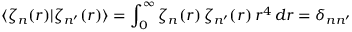
\langle \zeta _ { n } ( r ) | \zeta _ { n ^ { \prime } } ( r ) \rangle = \int _ { 0 } ^ { \infty } \zeta _ { n } ( r ) \, \zeta _ { n ^ { \prime } } ( r ) \, r ^ { 4 } \, d r = \delta _ { n n ^ { \prime } }